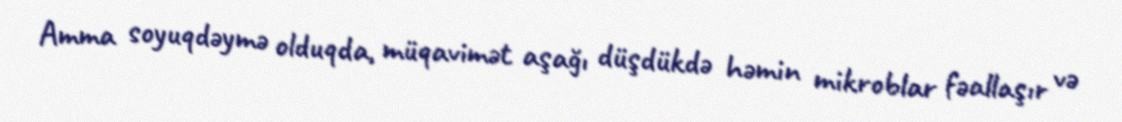
Amma soyuqdəymə olduqda, müqavimət aşağı düşdükdə həmin mikroblar fəallaşır və